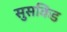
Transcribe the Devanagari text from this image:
सुसकिंड